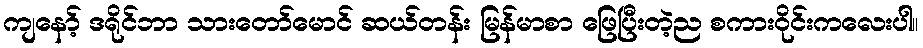
ကျနော့် ဒရိုင်ဘာ သားတော်မောင် ဆယ်တန်း မြန်မာစာ ဖြေပြီးတဲ့ည စကားဝိုင်းကလေးပါ။